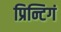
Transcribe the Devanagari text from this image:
प्रिन्टिगं